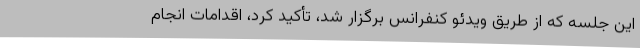
این جلسه که از طریق ویدئو کنفرانس برگزار شد، تأکید کرد، اقدامات انجام